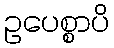
ဥပေစ္စာပိ